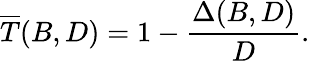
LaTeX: \overline{{T}}(B,D)=1-\frac{\Delta(B,D)}{D}.